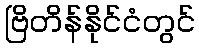
ဗြိတိန်နိုင်ငံတွင်